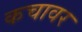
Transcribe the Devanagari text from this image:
कचावर